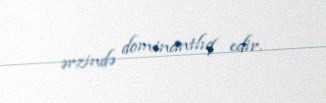
ərzində dominantlıq edir.